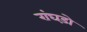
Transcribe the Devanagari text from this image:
रांघड़ो